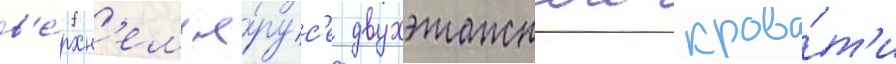
в'е́рхн'ем я́рус'е двухэтажнои крова́т'и